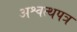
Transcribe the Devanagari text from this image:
अश्वत्थपत्र